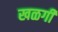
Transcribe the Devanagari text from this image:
खळगी